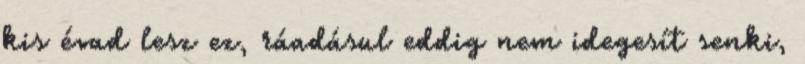
kis évad lesz ez, ráadásul eddig nem idegesít senki,